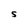
Character: S